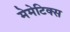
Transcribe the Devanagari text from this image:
मेमेटिक्स